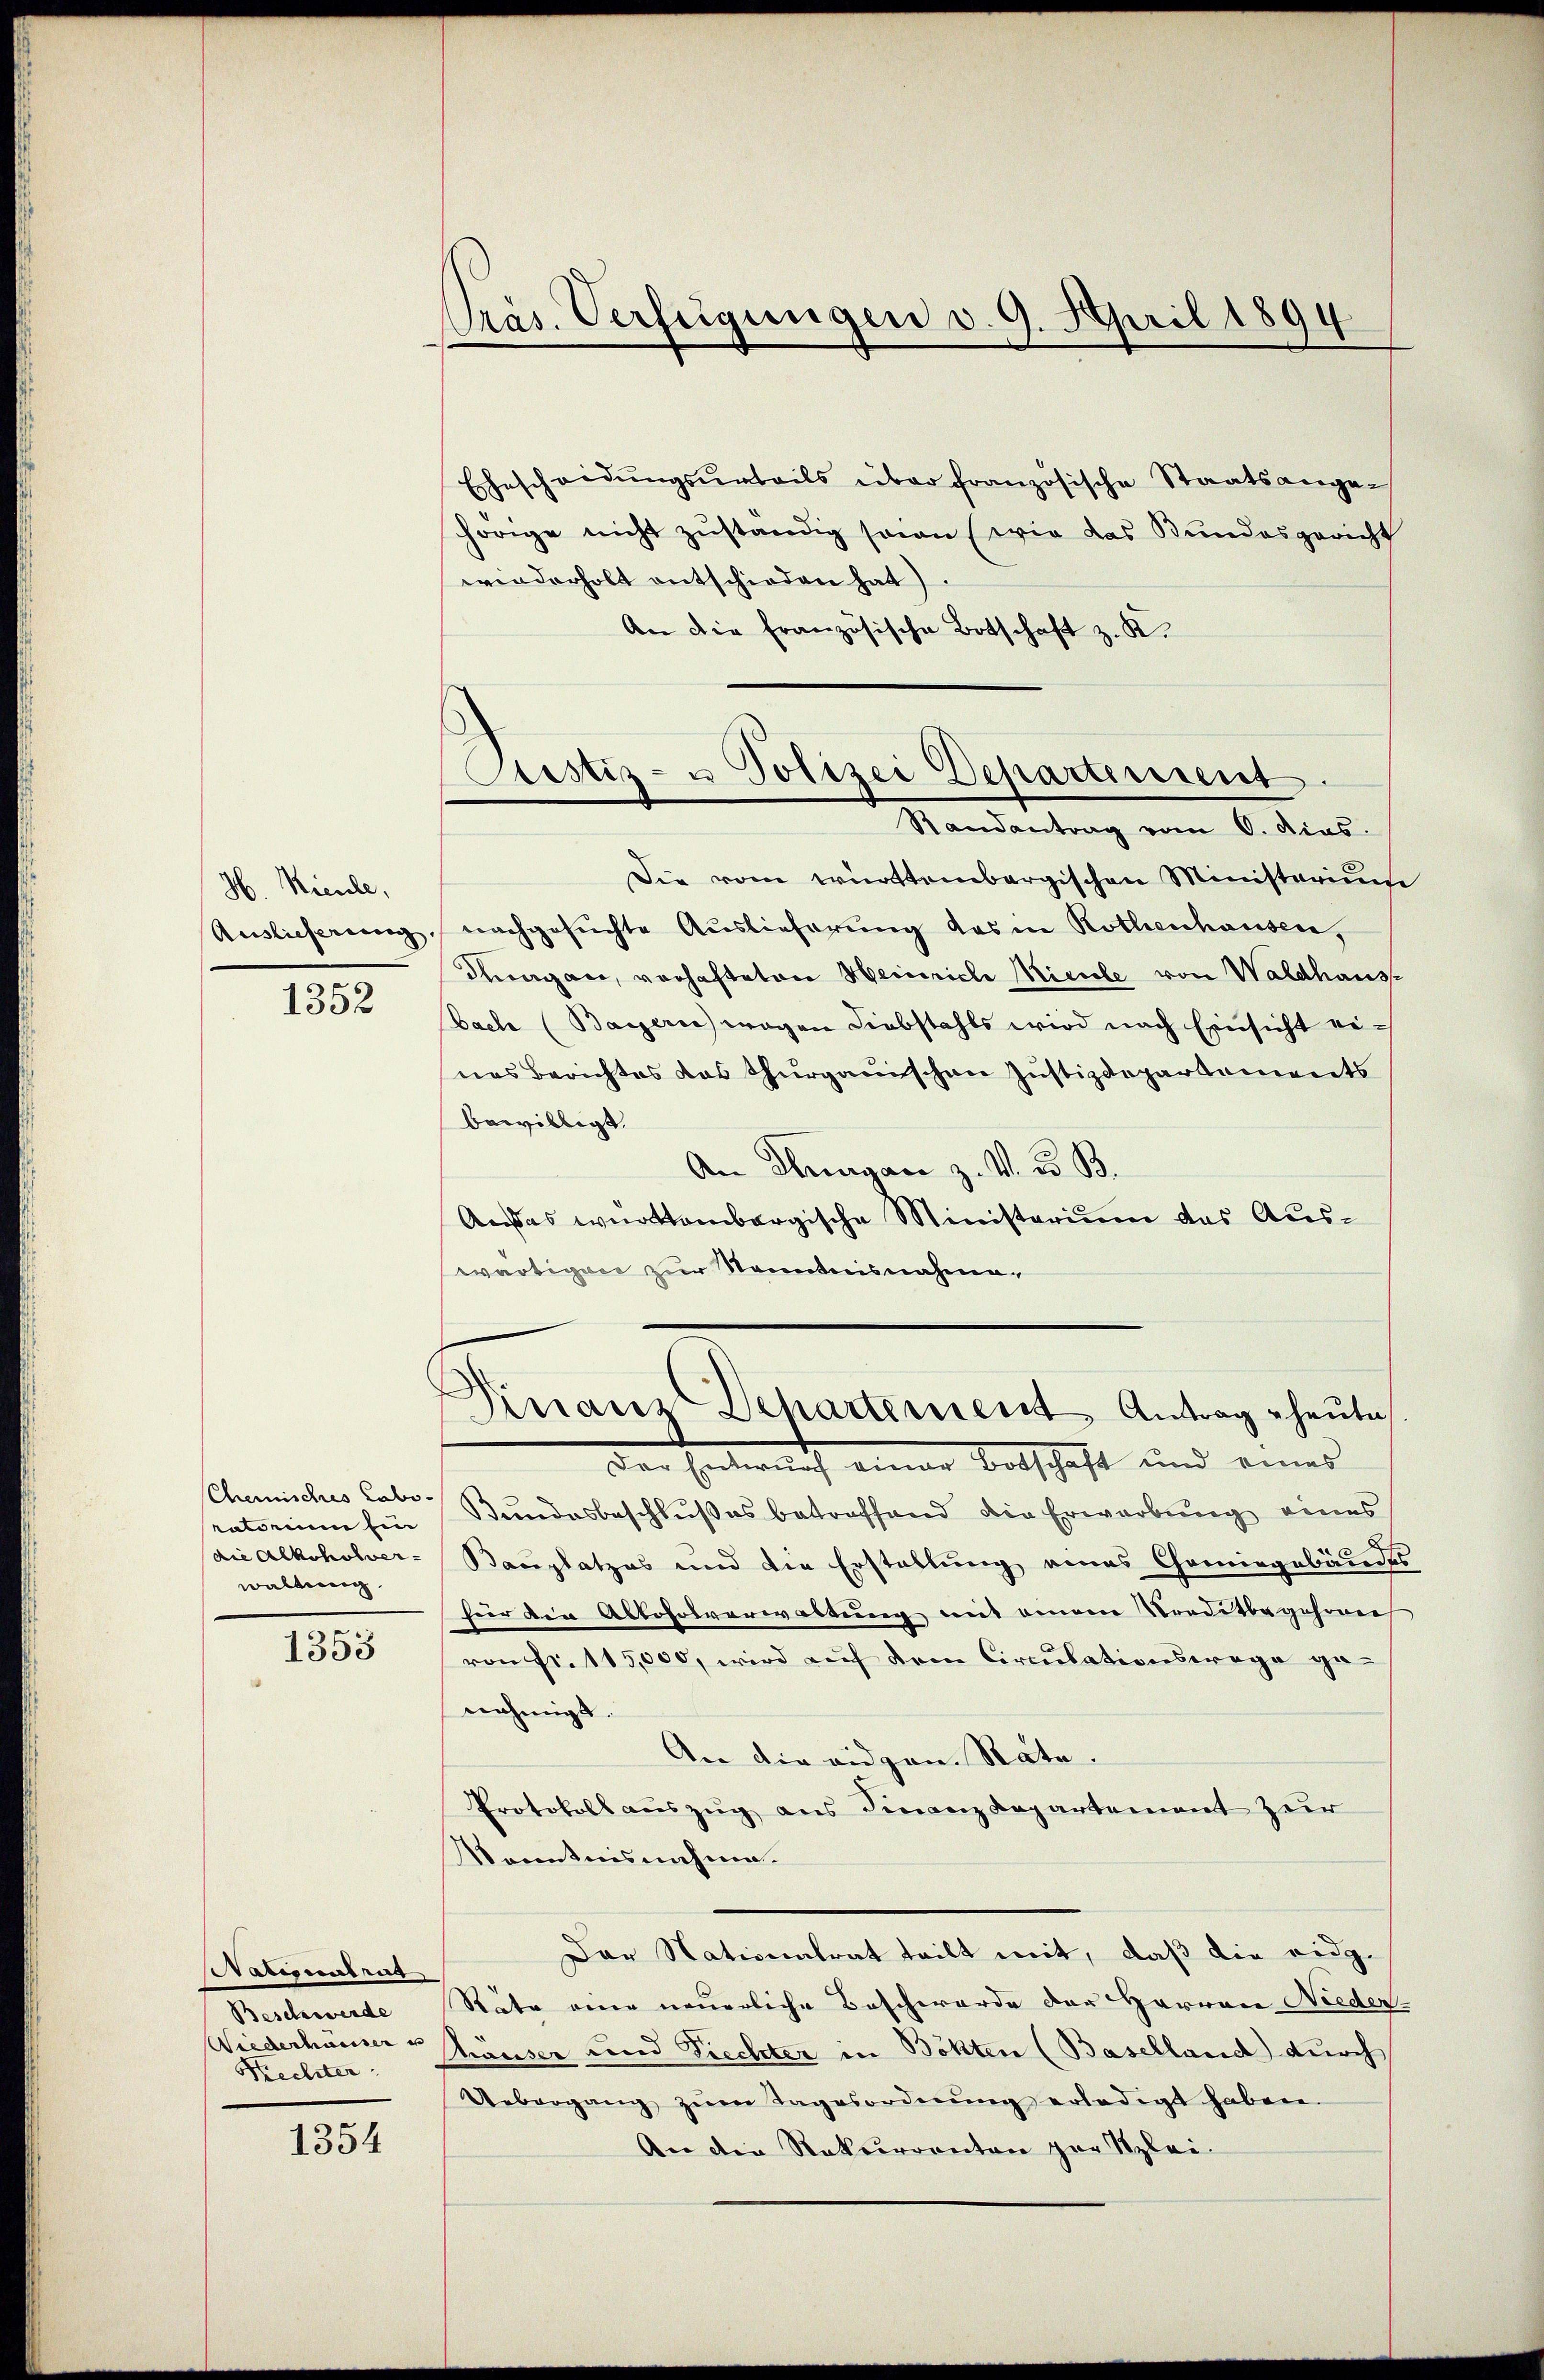
Präs. Verfügungen v. 9. April 1894

Ehescheidŭngsŭrteils über französische Staatsangehörige nicht zuständig sein (wie das Bundesgericht
wiederholt entschieden hat)
An die französische Botschaft z. K.
Die von württembergischen Ministerium
Auslieferung, nachgesŭchte Aŭslieferŭng das in Rothenhausen,
6
agan, vorhafteten Heinriche Sicile von Waldhause
Bache (Bayerne wegen Liebstahls wird nach Einsicht eines Berichtes das Thurgauischen Justizdepartements
bewilligt.
An Thurgane z. V. d. B.
Außes württembergische Ministerium das Auswärtigen zur Kenntnisnahme¬

Ostiz- u Polizei Departement
Randantrag vom 6. dies.

H. Kieule,

1352

Finanz Departement Antrag heute,

Der Entwurf einer Entschaft und eines
Bundesbeschlußes betreffend die Erwerbung eines
Bauplatzes und die Erstellung eines Chemingebäudes
für die Abtohrsverwaltung mit einem Traditbegehrrich
von Fr. 115,000, wird auf dem Circulationswege genehmigt.
An die eidgen. Räte.
Protokoll auszug aus Finanzdepartement zur
Kenntnisnahme.
Der Nationalrat teilt mit, daß die eidg.
Räte eine neuerliche Beschwerde der Harrare Nieder¬
Thäuser und Siechter in Böhten (Baselland) durch
Uebergang zŭm Tagesordnŭng erledigt haben.
An die Rekurrenten zur Stizlei-

Chemisches Labo-
ratorium ein
die Alkoholverwaltung

1353

Nationalrat
Beschwerde
Wiederhauser u
Rechter

1354